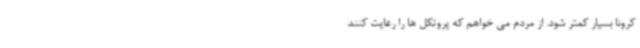
کرونا بسیار کمتر شود. از مردم می خواهم که پروتکل ها را رعایت کنند